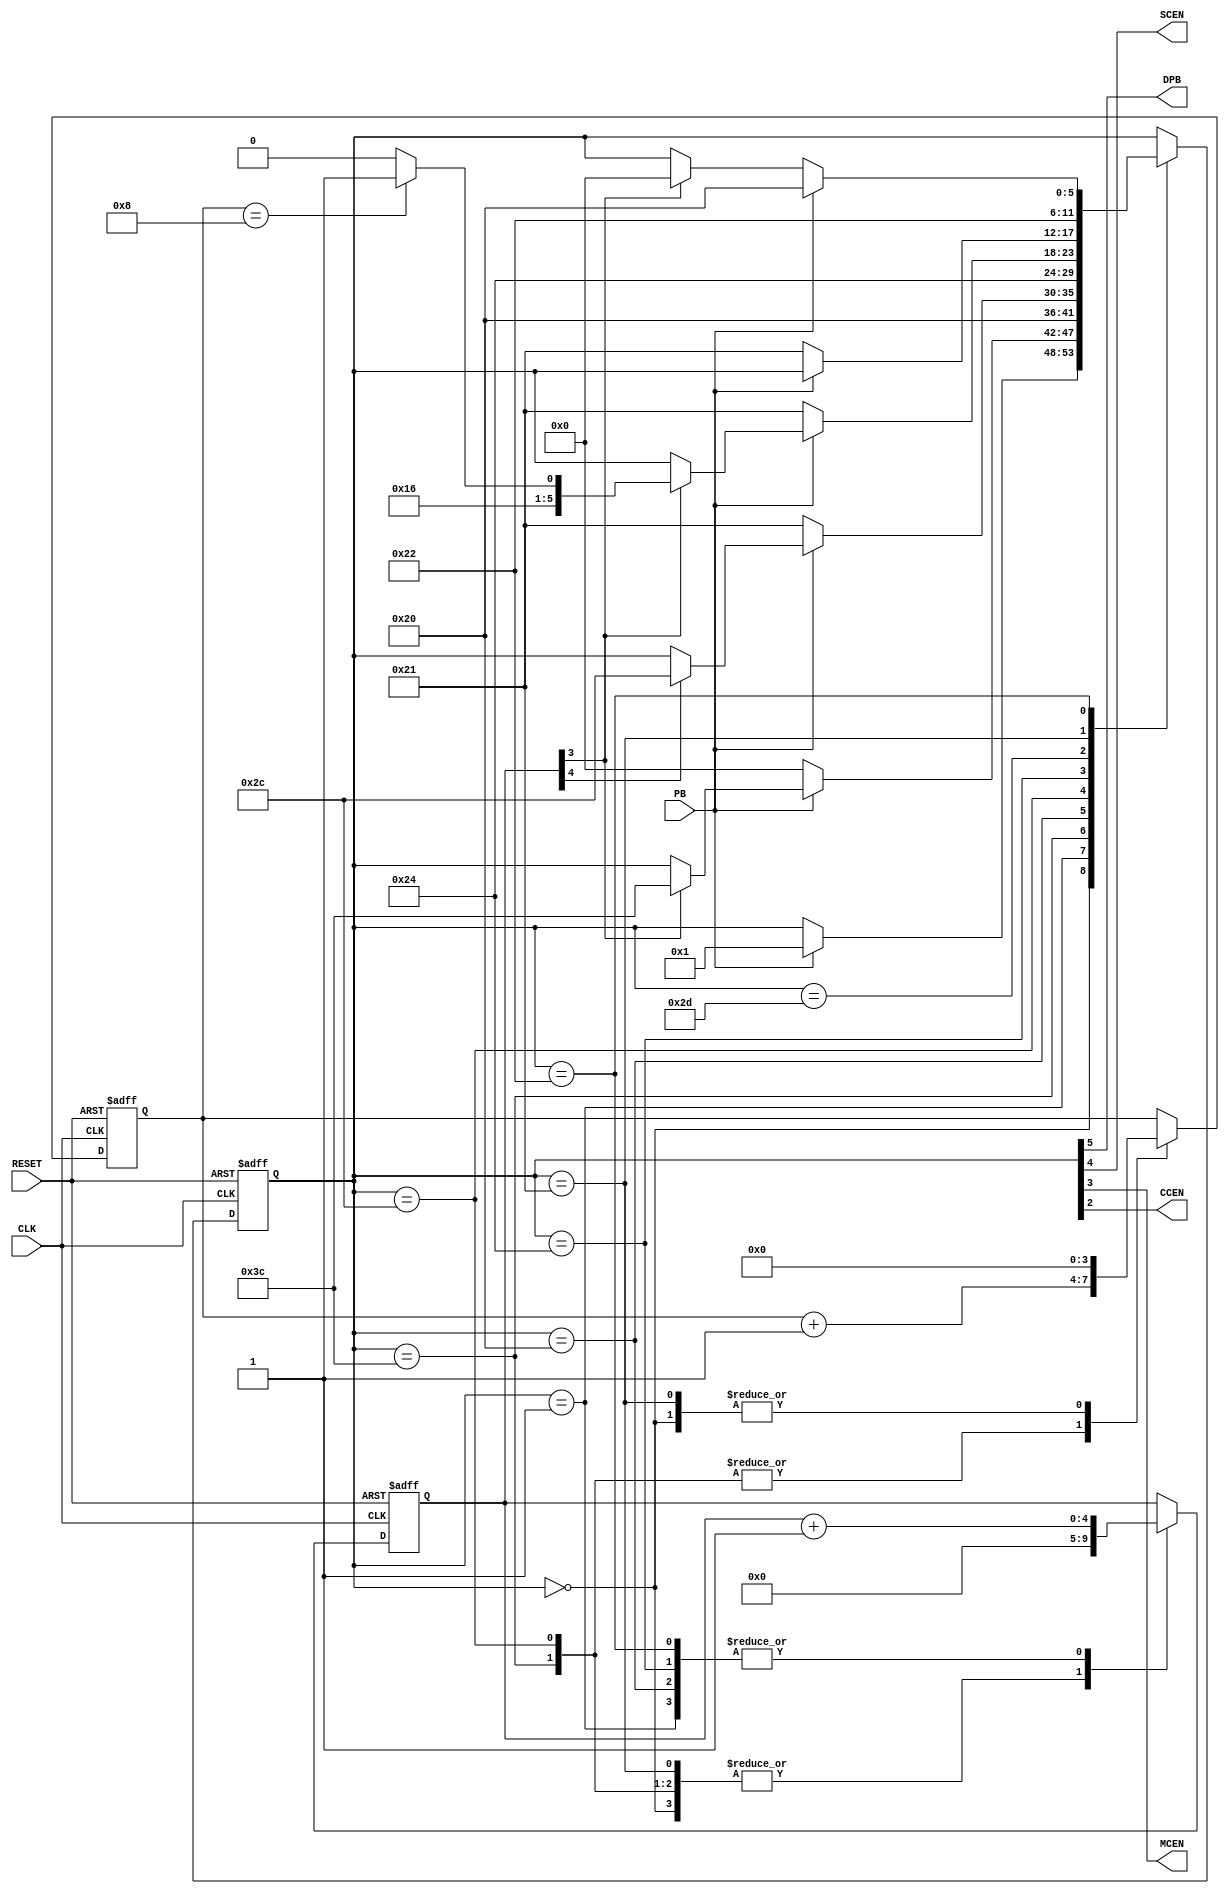
//////////////////////////////////////////////////////////////////////////////////
// 
// Description: Debouncer module
// Additional Comments: Translated from VHDL by Matthew Christian and Gandhi Puvvada 2/21/2010
//
//////////////////////////////////////////////////////////////////////////////////

/* --------------------------------------------------------------------------------
-- Description:
-- 	A verilog design for debouncing a Push Button (PB) and producing the following: 
-- 		(1) a debounced pulse DPB (DPB = debounced PB)
--		(2) a single clock-enable pulse (SCEN) after ~0.084 sec
--			- for single-stepping the design using a push button
--		(3) a contunuous clock-enable pulse (CCEN) after another ~0.168 sec.
-- 			- for running at full-speed
--		(4) a sequence of (multiple of) clock-enable pulses (MCEN) every ~0.084 sec 
--			- after the ~0.168 sec.
-- 
-- 	Once 'PB' is pressed, after the initial bouncing finishes in the WQ (wait quarter 
--  second) state (actually 0.084 sec), the DPB is activated, and all three  pulses
--  (SCEN, CCEN, and MCEN) are produced just for *one clock* in SCEN_state. 
-- 	Then, after waiting another half second in the WH (wait half second) state 
--  (actually 0.168 sec), the MCEN goes active for 1 clock every quarter second (every
--  0.084 sec). The CCEN goes active continuously both in the MCEN_state and the CCEN_state.
--  Finally, if the PB is released, we wait in WFCR (Wait for a Complete Release) state 
--  for a quarter second (0.084 sec) and return to the INI state. 

-- 	The  additional half-second (or 0.168sec) waiting after producing the first 
--  single-clock wide pulse allows the user	to release the button in time to avoid 
--  multi-stepping or running at full-speed even if he/she has used MCEN or CCEN 
--  in his/her design.
--
--  Please see the state diagram or read the code to understand the exact behavior.
--  In fact, the code has one extra state (MCEN_cont state),
--  which is not shown in the state diagram.
--  Try to revise the state diagram with this state and figure out the state
--  transition conditions using the four-bit counter MCEN_count.

-- 	To achieve all of this and generate glitch-free outputs (though this is not necessary),
--  let us use output coding. In output coding the state memory bits are thoughtfully 
--  chosen in order to form the needed outputs directly (with no additional combinational 
--  logic).
--	   In this case, the DPB, SCEN, MCEN, and CCEN are those outputs.  
--     However, the output combinations may repeat in different states.
--	   So we need two tie-breakers (TB1 and TB2).
--
--	State Name      State      DPB SCEN MCEN CCEN TB1  TB0
--	initial         INI         0 	0    0    0    -    0
--	wait quarter    WQ          0   0    0    0    -    1
--	SCEN_state      SCEN_st     1   1    1    1    -    -
--	wait half       WH          1   0    0    0    0    0
--	MCEN_state      MCEN_st     1   0    1    1    -    0
--	CCEN_state      CCEN_st     1   0    0    1    -    -
--	MCEN_cont       MCEN_st     1   0    1    1    -    1  -- <==*****
--	Counter Clear   CCR         1   0    0    0    0    1
--	WFCR_state      WFCR        1   0    0    0    1    -

--	Timers (Counters to keep time):  2^20 clocks of 10ns =  
--  = approximately 10 milliseconds = accurately 10.48576 ms
--  We found by experimentation that we press and release buttons much faster than we
--	initially thought. So, instead of quarter second, let us wait for 2^23 clocks 
--  (0.084 sec.) and instead of half second, let us wait for 2^24 clocks (0.168 seconds).
--	If we use a 25-bit counter, count[24:0], and start it with 0, then the first time, 
--  count[23] goes high, we know that the lower 23 bits [count[22:0]] have gone through 
--  their 2^23 combinations. So count[23] is used as 
-- 	the 0.084 sec timer and the count[24] is used as the 0.168 sec timer.

--	We will use a parameter called N_dc (dc for debounce count) in place of 25 
--  (and [N_dc-1:0] in place of [24:0]), so that N_dc can be made 5 during behavioral 
--  simulation to test this debouncing module.

--	As the names say, the SCEN, MCEN, and the CCEN are clock enables and are not 
--  clocks (clock pulses) by themselves. If you use SCEN (or MCEN) as a clock by itself, 
--  then you would be creating a lot of skew as these outputs of the internal
--  state machine take ordinary routes and do not get to go on the special routes 
--  used for clock distribution on the FPGA.
--  However, when they are used as clock enables, the static timing analyzer checks 
--  timing of these signals with respect to the main clock signal (100 MHz clock) properly. 
--  This results in a good timing design.  Moreover, you can use different
--	clock enables in different parts of the control unit so that the system is 
--  single-stepped in some critical areas/states and multi-stepped or made to run at full 
--  speed in others.  This will not be possible if you try to use both SCEN and MCEN as 
--  clocks (instead of clock enables) as it will be very clumsy (if not impossible) to 
--  combine these clocks based on which part of the state machine you are currently travelling at. 
   --------------------------------------------------------------------------------*/

module ee201_debouncer(CLK, RESET, PB, DPB, SCEN, MCEN, CCEN);

//inputs
input	CLK, RESET;
input PB;

//outputs
output DPB;
output SCEN, MCEN, CCEN;

//parameters
parameter N_dc = 5;

//local variables
// the next line is an attribute specification allowed by Verilog 2001. 
// The "* fsm_encoding = "user" *"  tells XST synthesis tool that the user chosen 
// state codes are retained. This is essential for our carefully chosen output-coding to 
// prevail and make the OFL "null" there by ensuring that the outputs will not have 
// glitches. Frankly, it is not needed as we are *not* using these SCEN and MCEN pulses 
// as clock pulses. We are rather using them as enable pulses enabling the clock 
// (or more appropriately enabling the data).

(* fsm_encoding = "user" *)
reg [5:0] state;
// other items not controlled by the special attribute
reg [N_dc-1:0] debounce_count;
reg [3:0] MCEN_count;


//concurrent signal assignment statements
// The following is possible because of the output coding used by us.
assign {DPB, SCEN, MCEN, CCEN} = state[5:2];

//constants used for state naming // the don't cares are replaced here with zeros
localparam
 INI        = 6'b000000,
 WQ         = 6'b000001,
 SCEN_st    = 6'b111100,
 WH         = 6'b100000,
 MCEN_st    = 6'b101100,
 CCEN_st    = 6'b100100,
 MCEN_cont  = 6'b101101,
 CCR        = 6'b100001,
 WFCR       = 6'b100010;
		      
//logic
always @ (posedge CLK, posedge RESET)
	begin : State_Machine
		
		if (RESET)
		   begin
		      state <= INI;
		      debounce_count <= 'bx;
		      MCEN_count <= 4'bx;
		   end
		else 
		   begin
			   case (state)
				   INI: begin					
					     debounce_count <= 0;
					     MCEN_count <= 0;  
					     if (PB)
						   begin
							   state <= WQ;
						   end
			            end
			       WQ: begin
					   debounce_count <= debounce_count + 1;
			           if (!PB)
			             begin
			                state <= INI;
			             end
				       else if (debounce_count[N_dc-2]) // for N_dc of 25, it is debounce_count[23], i.e T = 0.084 sec for f = 100MHz
				         begin
				             state <= SCEN_st;
				         end
				      end
				   SCEN_st: begin
					  debounce_count <= 0;
				      MCEN_count <= MCEN_count + 1;
				      state <= WH;
				      end
				   
				   WH: begin
					  debounce_count <= debounce_count + 1;
				      if (!PB)
				         begin
								state <= CCR;
							end	
				      else if (debounce_count[N_dc-1]) // for N_dc of 25, it is debounce_count[24], i.e T = 0.168 sec for f = 100MHz
				         begin
								state <= MCEN_st;
							end
				      end
				      
				   MCEN_st: begin
					  debounce_count <= 0;
				      MCEN_count <= MCEN_count + 1;
				      state <= CCEN_st;
				      end
				   
				   CCEN_st: begin
					  debounce_count <= debounce_count + 1;
				      if (!PB)
				        begin
							state <= CCR;
						end
				      else if (debounce_count[N_dc-2]) // for N_dc of 25, it is debounce_count[23], i.e T = 0.084 sec for f = 100MHz
				        begin
				            if (MCEN_count == 4'b1000)
				                begin
									state <= MCEN_cont;
								end
				            else
				                begin
									state <= MCEN_st;
								end
				        end
				      end
				      
				   MCEN_cont: begin // remain here until the PB is released
					  if (!PB)
				         begin
								state <= CCR;
						 end
				      end
				   
				   CCR: begin
					  debounce_count <= 0;
				      MCEN_count <= 0;
				      state <= WFCR;
				      end
				   
				   WFCR: begin
					  debounce_count <= debounce_count + 1;
				      if (PB)
				         begin
								state <= WH;
							end
				      else if (debounce_count[N_dc-2])// for N_dc of 25, it is debounce_count[23], i.e T = 0.084 sec for f = 100MHz
				         begin
								state <= INI;
							end
				      end
				endcase		    
	      end
	end // State_Machine

	
endmodule // ee201_debouncer